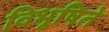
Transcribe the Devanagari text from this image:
विभूषिते